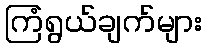
ကြံရွယ်ချက်များ